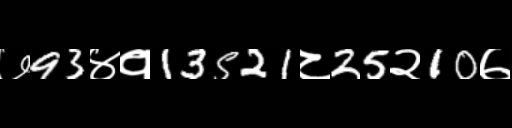
Text: ७93४१13521८25२10७